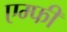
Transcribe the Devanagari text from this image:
एम्फी